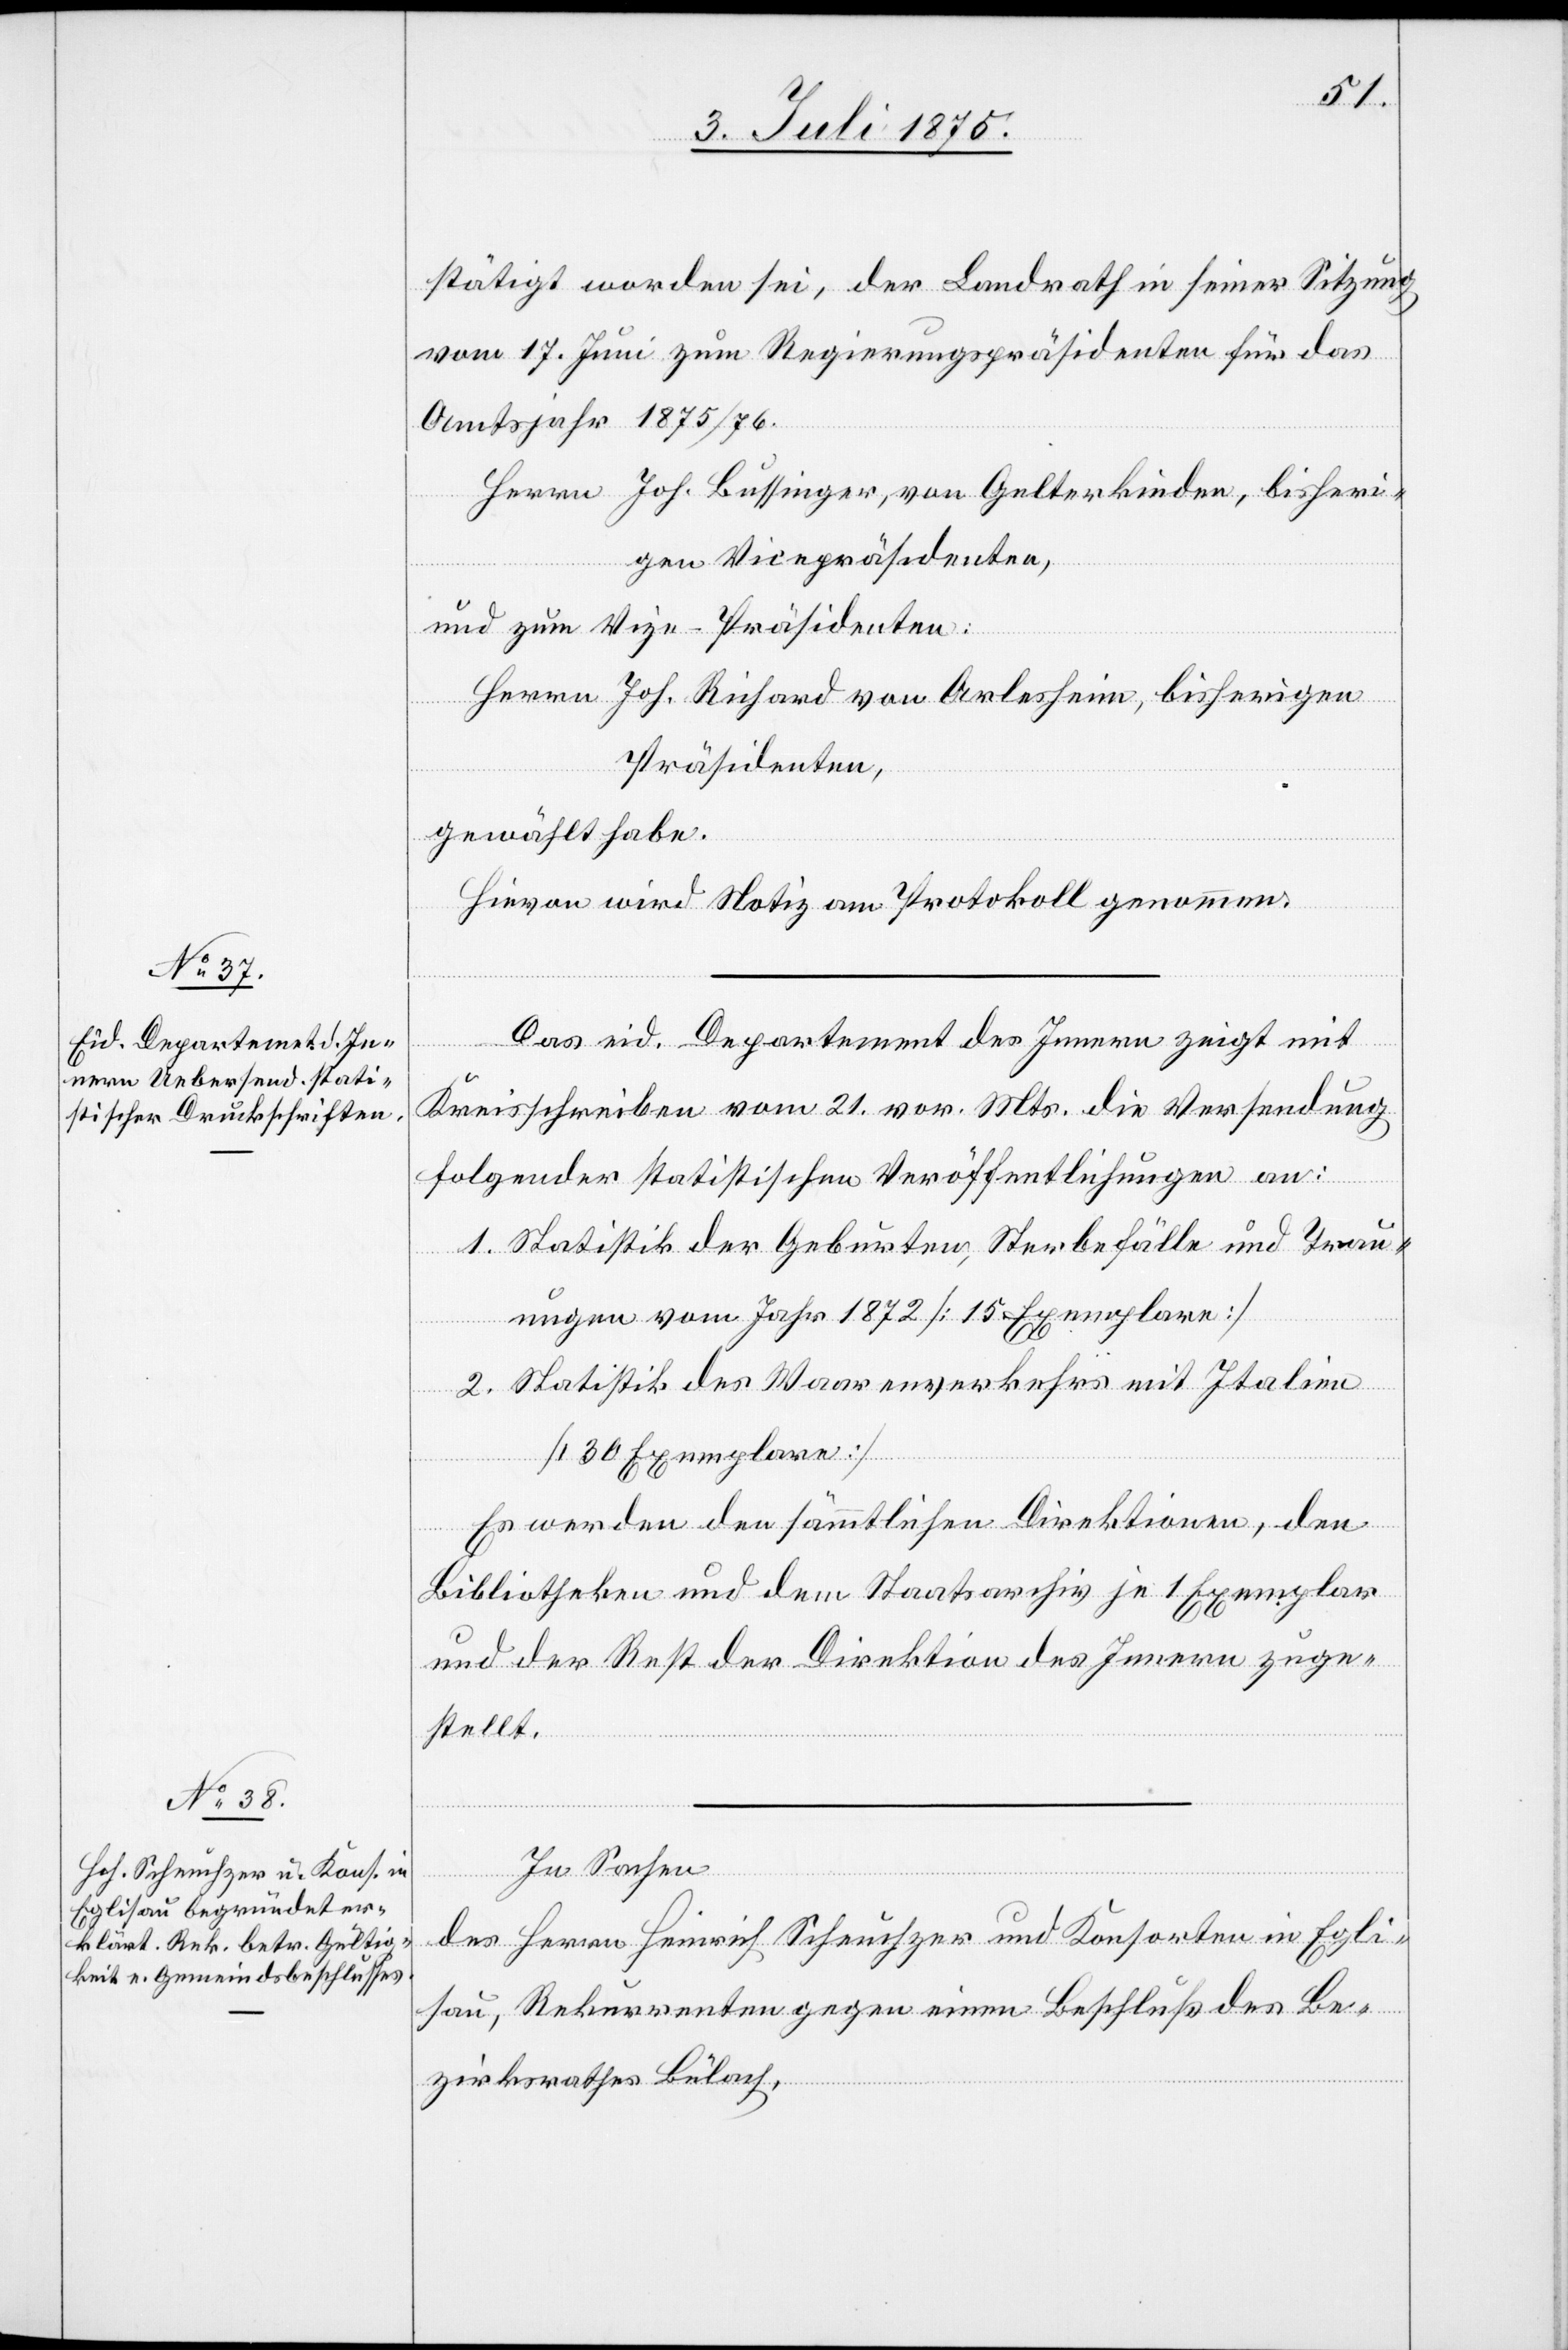
stätigt worden sei, der Landrath in seiner Sitzung
vom 17. Juni zum Regierungspräsidenten für das
Amtsjahr 1875/76
Herrn Joh. Bussinger, von Gelterkinden, bisheri¬
gen Vicepräsidenten,
und zum Vize-Präsidenten:
Herrn Joh. Richard von Arlesheim, bisherigen
Präsidenten,
gewählt habe.
Hievon wird Notiz am Protokoll genommen.
Das eid. Departement des Innern zeigt mit
Kreisschreiben vom 21. vor. Mts. die Versendung
folgender statistischen Veröffentlichungen an:
1. Statistik der Geburten, Sterbefälle und Trau¬
ungen vom Jahr 1872 [15 Exemplare]
2. Statistik des Waarenverkehrs mit Italien
[30 Exemplare]
Es werden den sämmtlichen Direktionen, den
Bibliotheken und dem Staatsarchiv je 1 Exemplar
und der Rest der Direktion des Innern zuge¬
stellt.